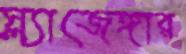
স্ল্যাজেঙ্গার